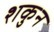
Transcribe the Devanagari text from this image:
शकुुन